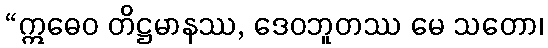
“ဣဓေဝ တိဋ္ဌမာနဿ, ဒေဝဘူတဿ မေ သတော၊